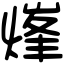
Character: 㷨